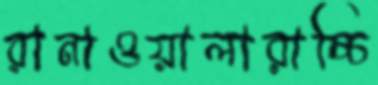
রানাওয়ালারাচ্চি